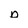
Character: o